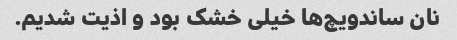
نان ساندویچ‌ها خیلی خشک بود و اذیت شدیم.